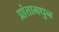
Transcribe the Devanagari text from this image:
प्रांतामधुन